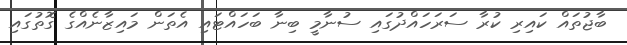
ބާޖުތައް ކައިރި ކުރާ ސަރަހައްދުގައި ސުނާމީ ބިނާ ބަހައްޓައި އެތަން މައިޒާނެއްގެ ގޮތުގައި